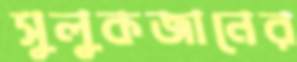
সুলুকজানের